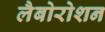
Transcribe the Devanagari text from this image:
लैबोरोशन